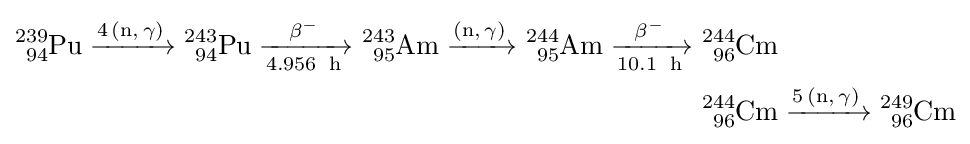
{\begin{aligned}{\ce {^{239}_{94}Pu ->[{\ce {4(n,\gamma)}}] ^{243}_{94}Pu ->[\beta^-][4.956 \ {\ce {h}}] ^{243}_{95}Am ->[{\ce {(n,\gamma)}}] ^{244}_{95}Am ->[\beta^-][10.1 \ {\ce {h}}]}}&{\ce {^{244}_{96}Cm}}\\&{\ce {^{244}_{96}Cm ->[{\ce {5(n,\gamma)}}] ^{249}_{96}Cm}}\end{aligned}}